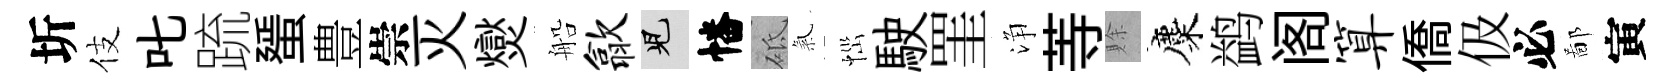
圻伎叱䟽蜑豊崇灭爕船歙兒幡砥氣𢙉駛罣浄䓁賖麋鹢阁算僑伋必鄙寅